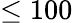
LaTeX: \le 100